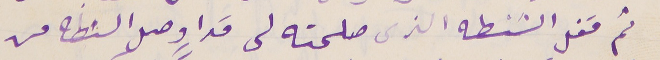
ثم قفل الشنطه الذى صلحته لى مَرا وصل السنطه من